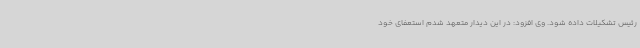
رئیس تشکیلات داده شود. وی افزود: در این دیدار متعهد شدم استعفای خود